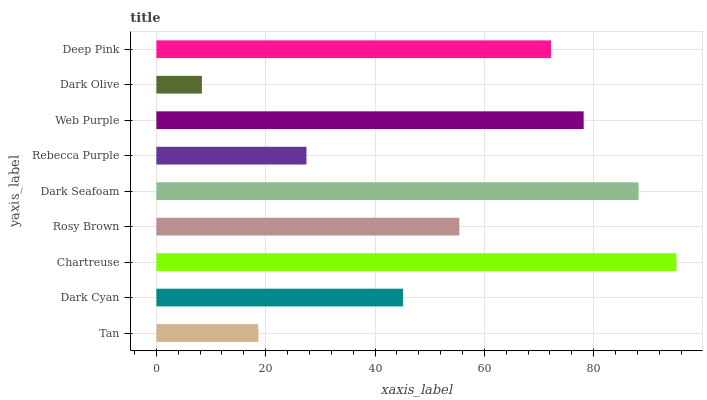
| yaxis_label | bars |
 | --- | --- |
 | Tan | 18.6 |
 | Dark Cyan | 45.1 |
 | Chartreuse | 95.1 |
 | Rosy Brown | 55.4 |
 | Dark Seafoam | 88.2 |
 | Rebecca Purple | 27.5 |
 | Web Purple | 78.2 |
 | Dark Olive | 8.33 |
 | Deep Pink | 72.2 |